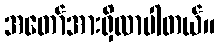
အတော်အားရှိလာပါတယ်။